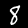
Label: 8